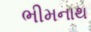
ભીમનાથ